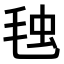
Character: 𣭦